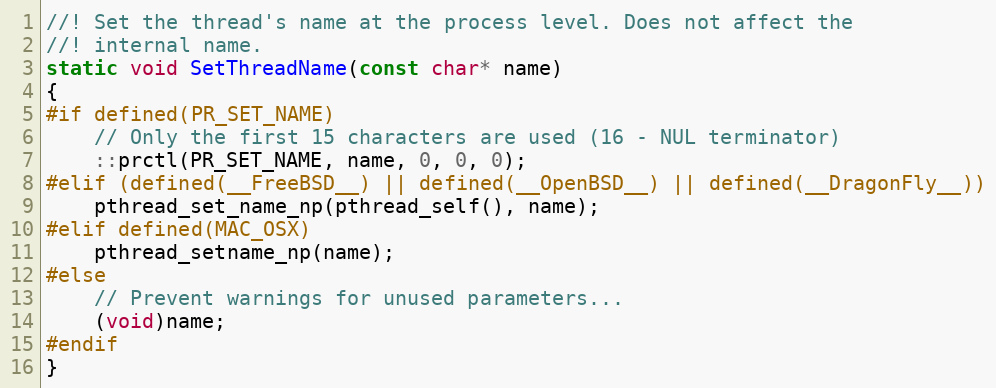
Language: C++
//! Set the thread's name at the process level. Does not affect the
//! internal name.
static void SetThreadName(const char* name)
{
#if defined(PR_SET_NAME)
    // Only the first 15 characters are used (16 - NUL terminator)
    ::prctl(PR_SET_NAME, name, 0, 0, 0);
#elif (defined(__FreeBSD__) || defined(__OpenBSD__) || defined(__DragonFly__))
    pthread_set_name_np(pthread_self(), name);
#elif defined(MAC_OSX)
    pthread_setname_np(name);
#else
    // Prevent warnings for unused parameters...
    (void)name;
#endif
}